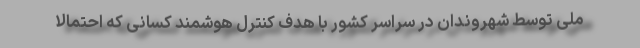
ملی توسط شهروندان در سراسر کشور با هدف کنترل هوشمند کسانی که احتمالا